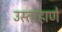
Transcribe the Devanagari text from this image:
उस्ताहाणे